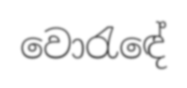
වොරැඳේ